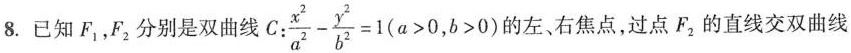
8.已知F_{1}，F_{2}分别是双曲线C: $$\frac{x^{2}}{a^{2}} - \frac{y^{2}}{b^{2}} = 1 ( a > 0 , b > 0 )$$的左、右焦点，过点F_{2}的直线交双曲线